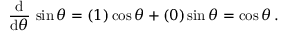
{ \frac { \operatorname { d } } { \operatorname { d } \! \theta } } \, \sin \theta = ( 1 ) \cos \theta + ( 0 ) \sin \theta = \cos \theta \, .